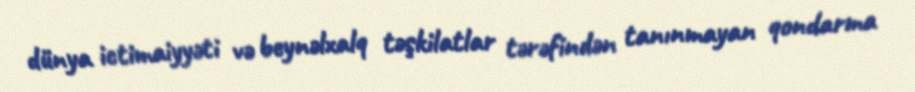
dünya ictimaiyyəti və beynəlxalq təşkilatlar tərəfindən tanınmayan qondarma